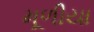
મૂળીયા